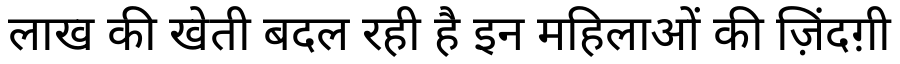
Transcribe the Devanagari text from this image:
लाख की खेती बदल रही है इन महिलाओं की ज़िंदग़ी